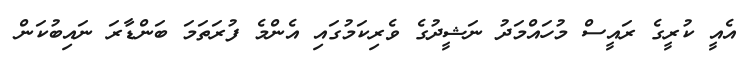
އެއީ ކުރީގެ ރައީސް މުހައްމަދު ނަޝީދުގެ ވެރިކަމުގައި އެންމެ ފުރަތަމަ ބަންޑާރަ ނައިބުކަން